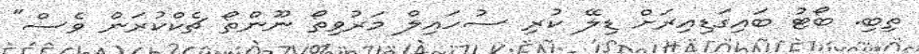
ތިބި. ބޯޓު ބައިގަޑިއިރަށް ޑިލޭ ކުރި ސުހައިލް މަރުވިތޯ ނޫންތޯ ޗެކްކުރަން ވެސް"